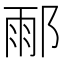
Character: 𨜄